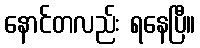
နောင်တလည်း ရနေပြီ။